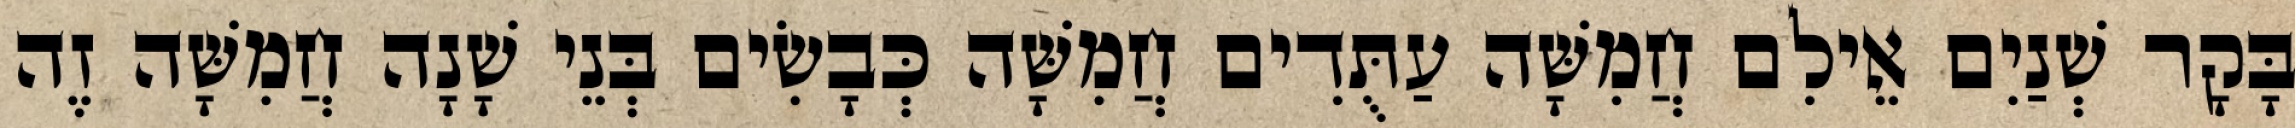
בָּקָר שְׁנַיִם אֵילִם חֲמִשָּׁה עַתֻּדִים חֲמִשָּׁה כְּבָשִׂים בְּנֵי שָׁנָה חֲמִשָּׁה זֶה